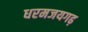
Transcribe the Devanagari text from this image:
धरमजयगढ़